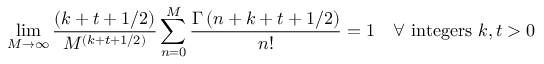
\operatorname * { l i m } _ { M \rightarrow \infty } { \frac { ( k + t + 1 / 2 ) } { M ^ { ( k + t + 1 / 2 ) } } } \sum _ { n = 0 } ^ { M } { \frac { \Gamma \left( n + k + t + 1 / 2 \right) } { n ! } } = 1 \quad \forall \ \mathrm { i n t e g e r s } \ k , t > 0